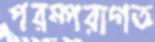
পরম্পরাগত